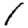
Digit: 1